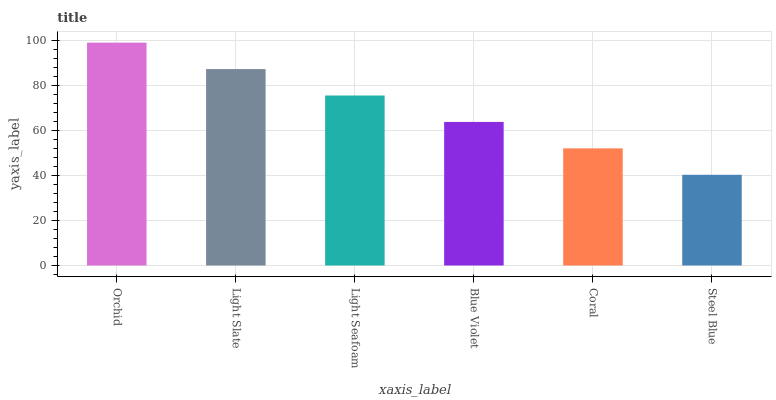
| xaxis_label | bars |
 | --- | --- |
 | Orchid | 99 |
 | Light Slate | 87.3 |
 | Light Seafoam | 75.5 |
 | Blue Violet | 63.8 |
 | Coral | 52 |
 | Steel Blue | 40.3 |